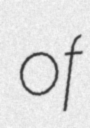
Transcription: of